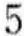
5